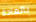
بالعادة